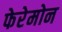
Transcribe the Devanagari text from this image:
फेरेमोन